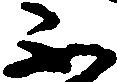
不